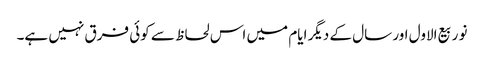
نو ربیع الاول اور سال کے دیگر ایام میں اس لحاظ سے کوئی فرق نہیں ہے۔